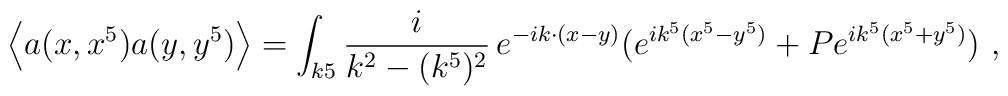
\left\langle{ a(x,x^5) a(y,y^5)} \right\rangle = 	\int_{k5} {i \over k^2 - (k^5)^2}\, e^{-ik\cdot (x-y)} (e^{ik^5(x^5-y^5)}     + P e^{ik^5(x^5+y^5)}) \ ,